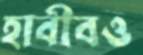
হাবীবও